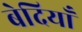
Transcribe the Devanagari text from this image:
बेदियाँ